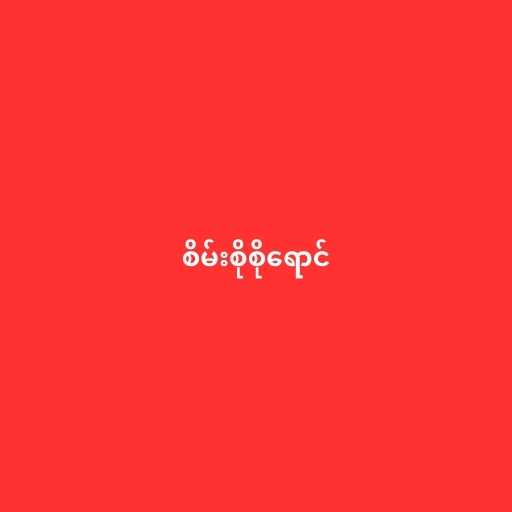
စိမ်းစိုစိုရောင်